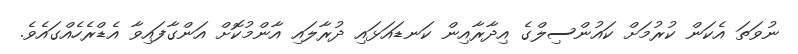
ނުވަތަ އެކަން ކުރުމަށް ކައުންސިލްގެ އިދާރާއިން ކަނޑައަޅައި ދުރާލައި އާންމުކޮށް އަންގާފައިވާ އެޑްރެހެއްގައެވެ.